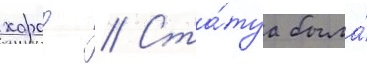
харод // Ста́туа была́